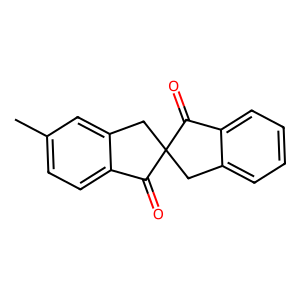
SMILES: Cc1ccc2c(c1)CC1(Cc3ccccc3C1=O)C2=O
Inhibits HIV replication: No